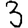
Digit: 3